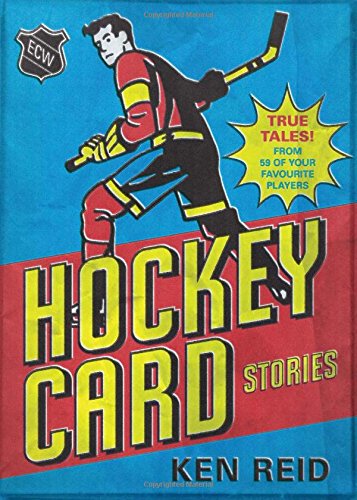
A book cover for Hockey Card Stories: True Tales from Your Favorite Players; Ken Reid; Crafts, Hobbies & Home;